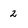
Character: 2